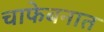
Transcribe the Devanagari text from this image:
चाफेबनात